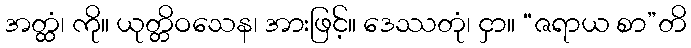
အတ္ထံ၊ ကို။ ယုတ္တိဝသေန၊ အားဖြင့်။ ဒေဿတုံ၊ ငှာ။ “ဇရာယ စာ”တိ